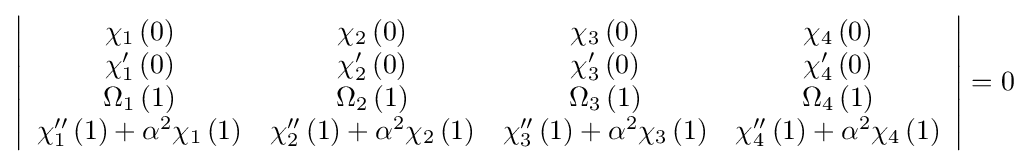
\left|{\begin{array}{cccc}\chi _{1}\left(0\right)&\chi _{2}\left(0\right)&\chi _{3}\left(0\right)&\chi _{4}\left(0\right)\\\chi _{1}'\left(0\right)&\chi _{2}'\left(0\right)&\chi _{3}'\left(0\right)&\chi _{4}'\left(0\right)\\\Omega _{1}\left(1\right)&\Omega _{2}\left(1\right)&\Omega _{3}\left(1\right)&\Omega _{4}\left(1\right)\\\chi _{1}''\left(1\right)+\alpha ^{2}\chi _{1}\left(1\right)&\chi _{2}''\left(1\right)+\alpha ^{2}\chi _{2}\left(1\right)&\chi _{3}''\left(1\right)+\alpha ^{2}\chi _{3}\left(1\right)&\chi _{4}''\left(1\right)+\alpha ^{2}\chi _{4}\left(1\right)\end{array}}\right|=0